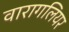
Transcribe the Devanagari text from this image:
वारागलियर